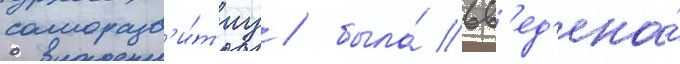
саморазв'и́т'иу / была́ вв'ед'ена́